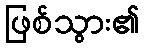
ဖြစ်သွား၏